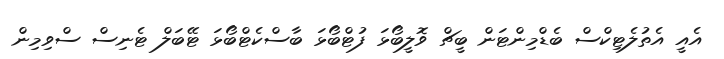
އެއީ އެތުލެޓިކްސް ބެޑްމިންޓަން ބީޗް ވޮލީބޯޅަ ފުޓްބޯޅަ ބާސްކެޓްބޯޅަ ޓޭބަލް ޓެނިސް ސްވިމިން